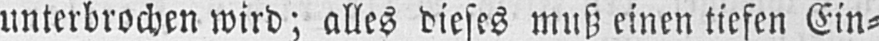
unterbrochen wird; alles dieses muß einen tiefen Ein⸗